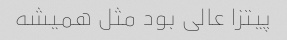
پیتزا عالی بود مثل همیشه